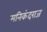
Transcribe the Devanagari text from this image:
मनिकंदराज